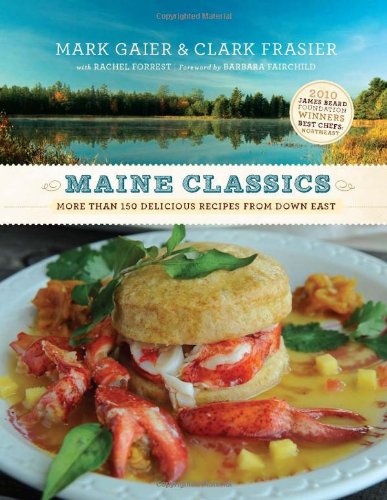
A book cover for Maine Classics: More than 150 Delicious Recipes from Down East; Mark Gaier; Cookbooks, Food & Wine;